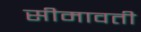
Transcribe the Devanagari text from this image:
सीमावती